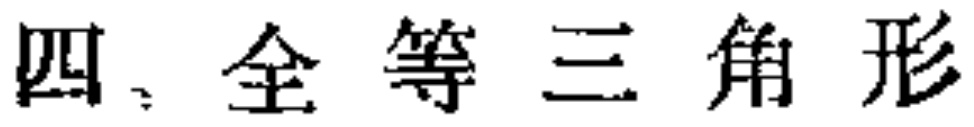
四、全等三角形